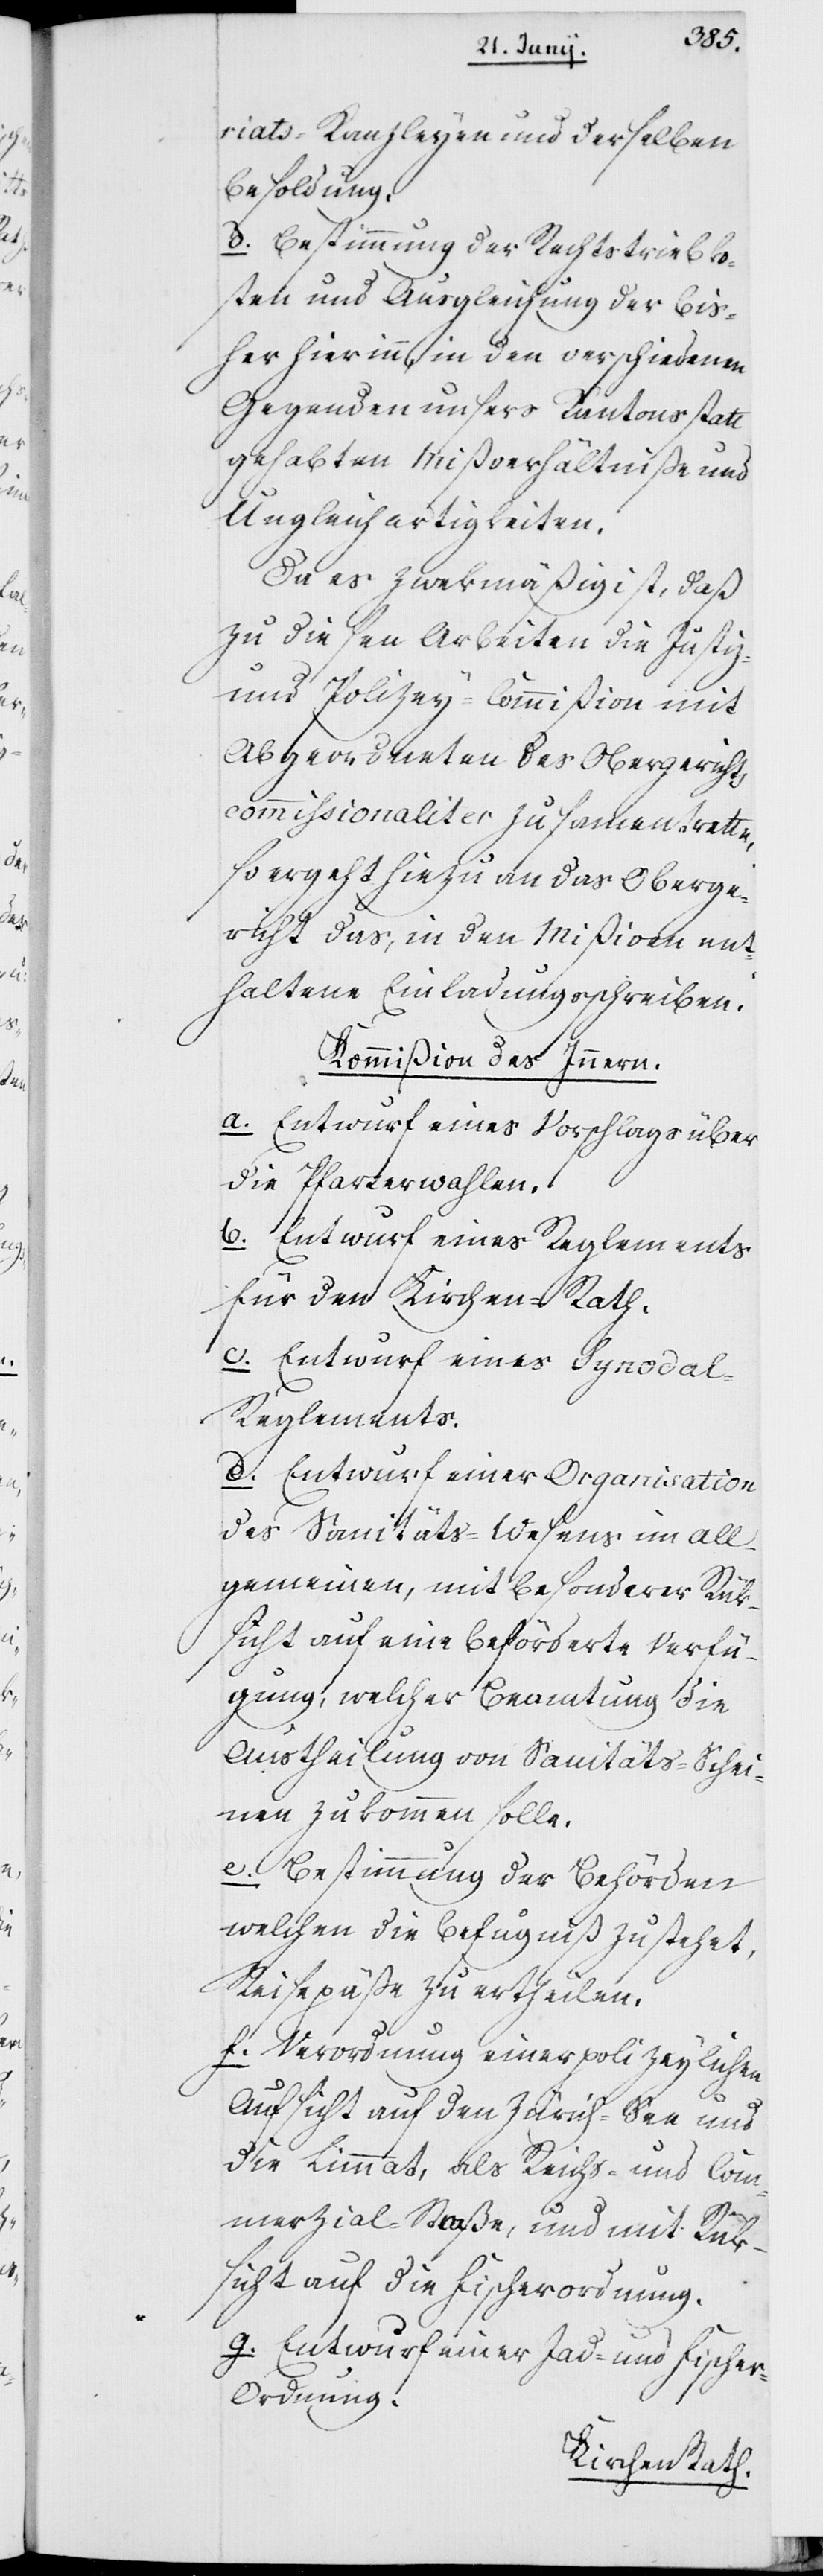
riats-Kanzleyen und derselben
Besoldung.
d. Bestimmung der Rechtstriebko¬
sten und Ausgleichung der bis¬
her hier in den verschiedenen
Gegenden unsers Kantons statt
gehabten Mißverhältniße und
Ungleichartigkeiten.
Da es zwekmäßig ist, daß
zu diesen Arbeiten die Justiz-
und Polizey-Commißion mit
Abgeordneten des Obergerichts
commissionaliter zusammentrete,
so ergeht hiezu an das Oberge¬
richt das, in den Mißiven ent¬
haltene Einladungsschreiben.
Kommißion des Innern.
a. Entwurf eines Vorschlags über
die Pfarrerwahlen.
b. Entwurf eines Reglements
für den Kirchen-Rath.
c. Entwurf eines Synoda¬
l-Reglements.
d. Entwurf einer Organisation
des Sanitäts-Wesens im All¬
gemeinen, mit besonderer Rük¬
sicht auf eine beförderte Verfü¬
gung, welcher Beamtung die
Austheilung von Sanitäts-Schei¬
nen zukommen solle.
e. Bestimmung der Behörden,
welchen die Befugniß zustehet,
Reisepäße zu ertheilen.
f. Verordnung einer polizeylichen
Aufsicht auf den Zürich-See und
die Limmat, als Reichs- und Com¬
merzial-Straße, und mit Rük¬
sicht auf die Fischerordnung.
g. Entwurf einer Jagd- und Fische¬
r-Ordnung.